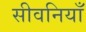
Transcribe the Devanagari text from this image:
सीवनियाँ